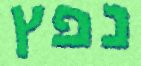
נפץ